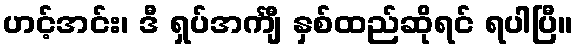
ဟင့်အင်း၊ ဒီ ရှပ်အင်္ကျီ နှစ်ထည်ဆိုရင် ရပါပြီ။